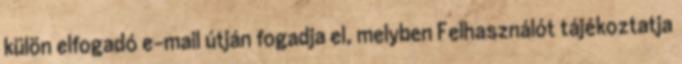
külön elfogadó e-mail útján fogadja el, melyben Felhasználót tájékoztatja